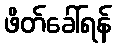
ဖိတ်ခေါ်ရန်